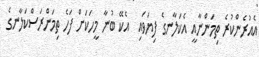
އެއުރެންކުރެ ތިމަންނާއީ އެކަލާނގެ ފިޔަވައި  އެކޭ ބުނާ މީހަކަށް ފަހެ ތިމަންރަސްކަލާނގެ